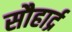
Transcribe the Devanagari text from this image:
सौहार्द्र